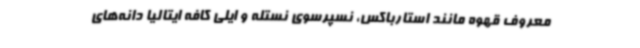
معروف قهوه مانند استارباکس، نسپرسوی نستله و ایلی کافه ایتالیا دانه‌های